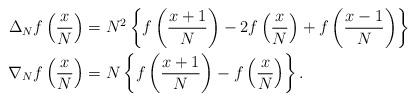
LaTeX: \begin{align*}\begin{aligned}\Delta_N f\left(\frac{x}{N}\right) &=N^2\left\{f\left(\frac{x+1}{N}\right)-2f\left(\frac{x}{N}\right)+f\left(\frac{x-1}{N}\right)\right\}\\\nabla_N f\left(\frac{x}{N}\right) &=N\left\{f\left(\frac{x+1}{N}\right)-f\left(\frac{x}{N}\right)\right\}.\end{aligned}\end{align*}